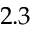
2 . 3